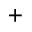
+